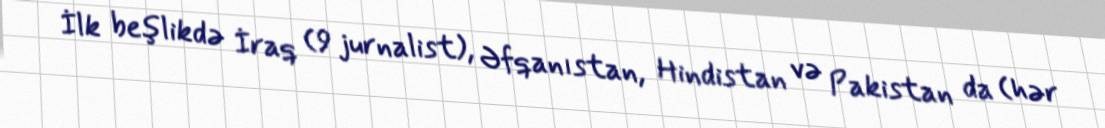
İlk beşlikdə İraq (9 jurnalist), Əfqanıstan, Hindistan və Pakistan da (hər